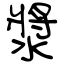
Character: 漿